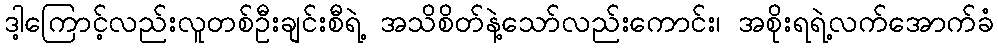
ဒါ့ကြောင့်လည်းလူတစ်ဦးချင်းစီရဲ့ အသိစိတ်နဲ့သော်လည်းကောင်း၊ အစိုးရရဲ့လက်အောက်ခံ